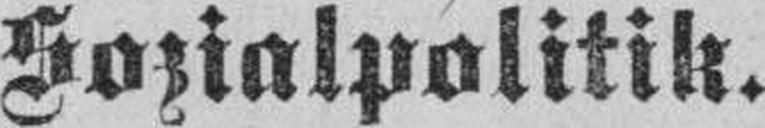
Sozialpolitik.